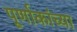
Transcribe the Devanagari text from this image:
पूर्णाकांच्या